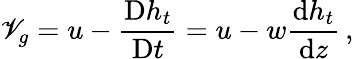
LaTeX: \mathscr{V}_{g}=u-\frac{{\textnormal{D}h_{t}}}{{\textnormal{D}t}}=u-w\frac{{\textnormal{d}h_{t}}}{{\textnormal{d}z}}\, ,